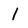
Character: 1